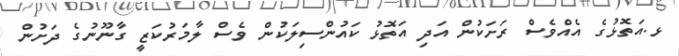
ޅ.އަތޮޅުގެ އެއްވެސް ރަށަކުން އަދި އަތޮޅު ކައުންސިލަކުން ވެސް ލާމަރުކަޒީ ގާނޫނުގެ ދަށުން